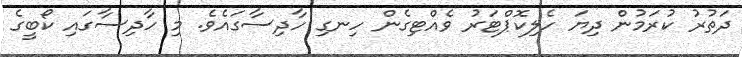
ދަތުރު ކުރަމުން ދިޔަ ހެލިކޮޕްޓަރު ވެއްޓިގެން ހިނގި ހާދިސާގައެވެ. މި ހާދިސާގައި ކޯބީގެ